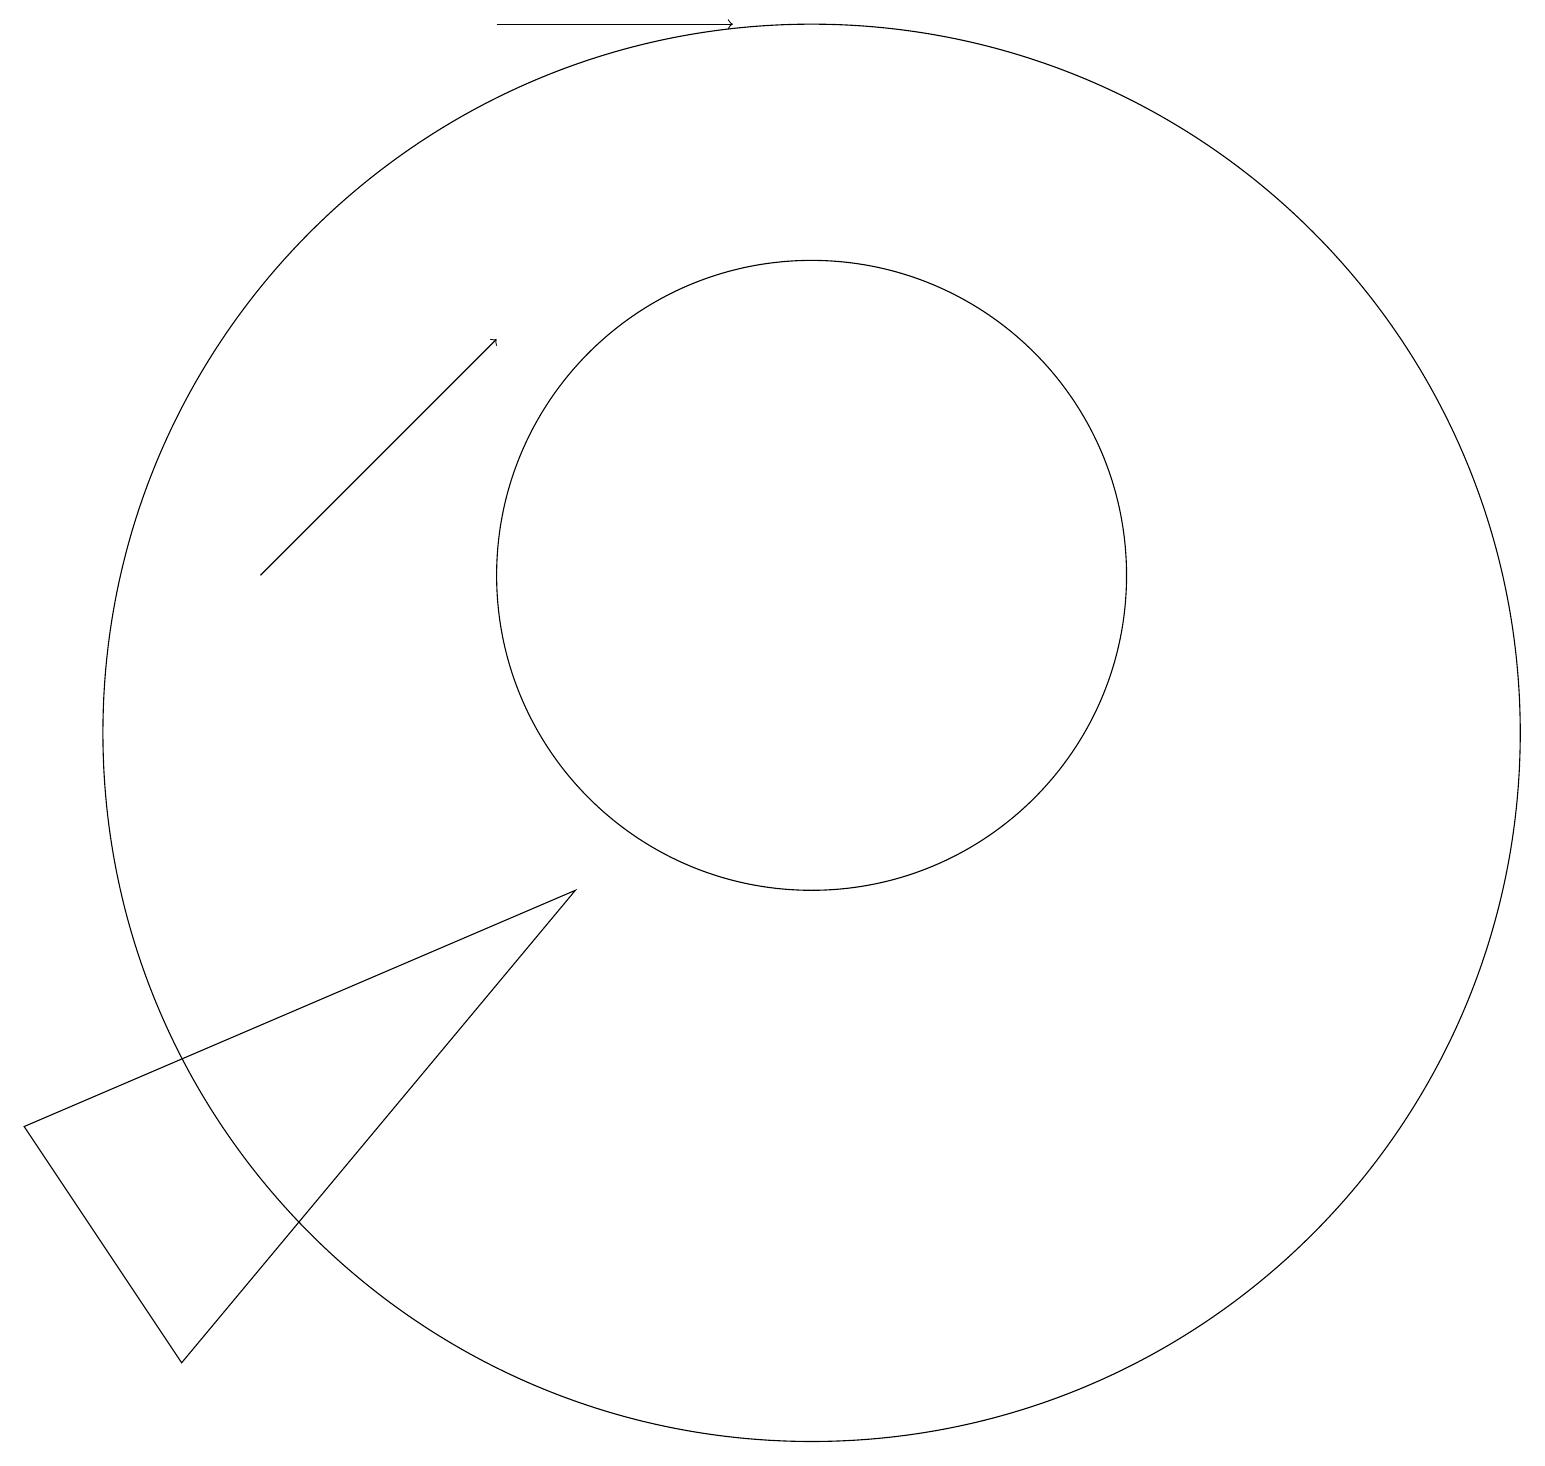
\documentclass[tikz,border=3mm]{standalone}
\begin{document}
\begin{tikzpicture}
\draw (0,5) -- (7,8) -- (2,2) -- cycle;
\draw (10,10) circle (9);
\draw[->] (6,19) -- (9,19);
\draw[->] (3,12) -- (6,15);
\draw (10,12) circle (4);
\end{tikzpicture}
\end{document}